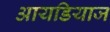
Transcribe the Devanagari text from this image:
आयडियाज